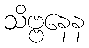
သိဗ္ဗနေန